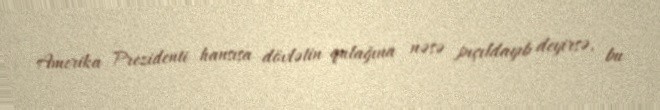
Amerika Prezidenti hansısa dövlətin qulağına nəsə pıçıldayıb deyirsə, bu